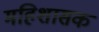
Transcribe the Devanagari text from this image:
महिशासक